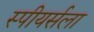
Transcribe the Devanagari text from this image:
स्पीयर्सला